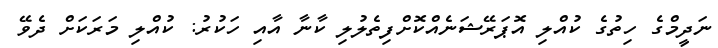
ނަދީމްގެ ހިތުުގެ ކުއްލި އޮޕަރޭޝަނެއްކޮށްފިތެލުލި ކާނާ އާއި ހަކުރު: ކުއްލި މަރަކަށް ދެވޭ